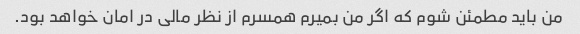
من باید مطمئن شوم که اگر من بمیرم همسرم از نظر مالی در امان خواهد بود.